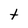
Character: t